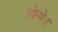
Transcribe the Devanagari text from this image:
लेन्गे।